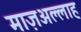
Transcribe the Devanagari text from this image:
माज़अल्लाह